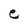
Character: e